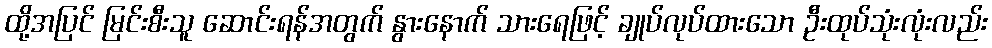
ထို့အပြင် မြင်းစီးသူ ဆောင်းရန်အတွက် နွားနောက် သားရေဖြင့် ချုပ်လုပ်ထားသော ဦးထုပ်သုံးလုံးလည်း